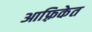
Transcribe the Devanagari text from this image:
आफ़्रिकेत